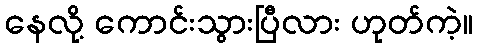
နေလို့ ကောင်းသွားပြီလား ဟုတ်ကဲ့။